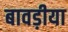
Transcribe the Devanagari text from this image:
बावड़ीया